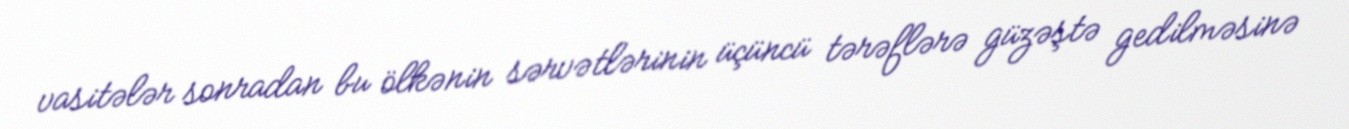
vasitələr sonradan bu ölkənin sərvətlərinin üçüncü tərəflərə güzəştə gedilməsinə